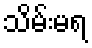
သိမ်းမရ